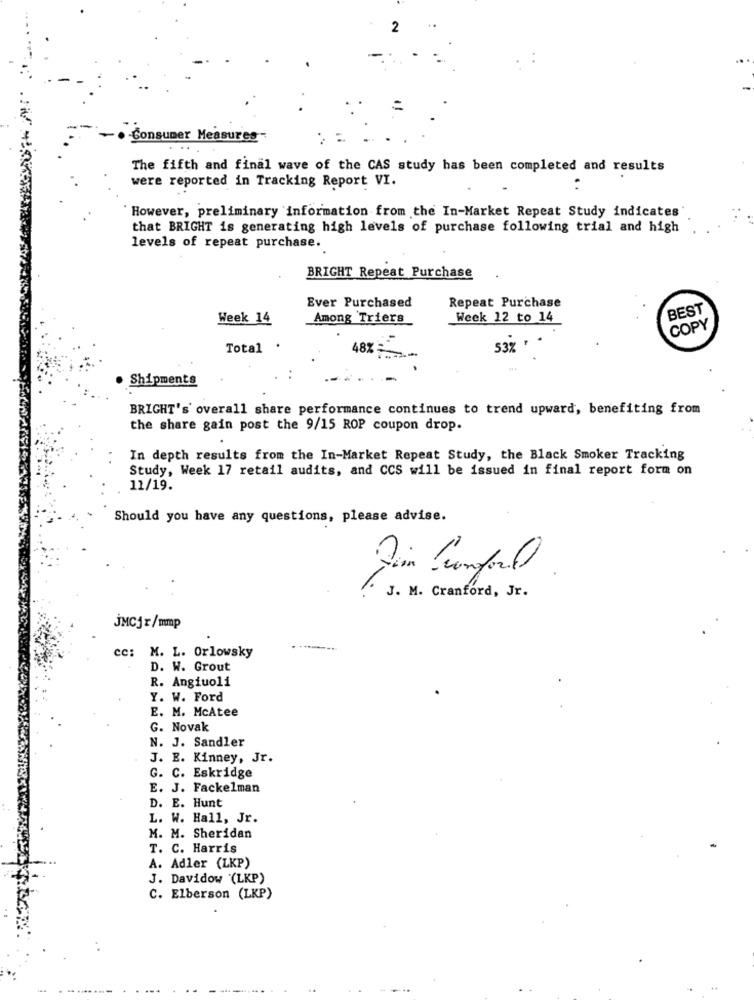
-Consumer Measures-
The fifth and final wave of the CAS study has been completed and results
were reported in Tracking Report VI.
However, preliminary information from the In-Market Repeat Study indicates
that BRIGHT is generating high levels of purchase following trial and high
levels of repeat purchase.
BRIGHT Repeat Purchase
Ever Purchased
Repeat Purchase
BEST
Week 14
Among Triers
Week 12 to 14
COPY
Total
48%=
53%
Shipments
BRIGHT's overall share performance continues to trend upward, benefiting from
the share gain post the 9/15 ROP coupon drop.
In depth results from the In-Market Repeat Study, the Black Smoker Tracking
Study, Week 17 retail audits, and CCS will be issued in final report form on
11/19.
Should you have any questions, please advise.
1.
J. M. Cranford, Jr.
JMCjr/mmp
cc: M. L. Orlowsky
D. W. Grout
R. Angiuoli
Y. W. Ford
E. M. McAtee
G. Novak
N. J. Sandler
J. E. Kinney, Jr.
G. C. Eskridge
E. J. Fackelman
D. E. Hunt
L. W. Hall, Jr.
M. M. Sheridan
T. C. Harris
A. Adler (LKP)
J. Davidow '(LKP)
C. Elberson (LKP)
.-